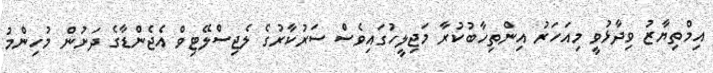
އިމްތިޔާޒު ވިދާޅުވީ މިއަހަރު އިންތިހާބުކުރާ މަޖިލީހުގަައިވެސް ސަރުކާރުގެ ލެޖިސްލޭޓިވް އެޖެންޑާގެ ދަށުން މުހިންމު